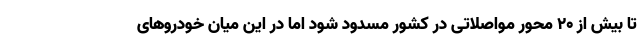
تا بیش از ۲۰ محور مواصلاتی در کشور مسدود شود اما در این میان خودروهای